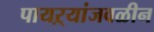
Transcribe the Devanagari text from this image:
पायऱ्यांजवळीन